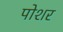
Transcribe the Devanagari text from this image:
पोशर